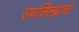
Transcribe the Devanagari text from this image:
उपजिल्ह्याचा